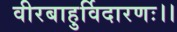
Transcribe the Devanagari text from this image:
वीरबाहुर्विदारणः।।